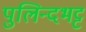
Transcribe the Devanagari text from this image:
पुलिन्दभट्ट